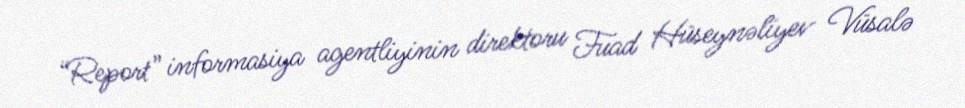
“Report” informasiya agentliyinin direktoru Fuad Hüseynəliyev Vüsalə